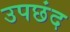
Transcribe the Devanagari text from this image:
उपछंद